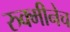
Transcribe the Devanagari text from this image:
रुक्मीनेच